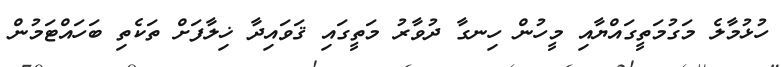
ހުޅުމާލެ މަގުމަތީގައްޔާއި މީހުން ހިނގާ ދުވާރު މަތީގައި ޤަވައިދާ ޚިލާފަށް ތަކެތި ބަހައްޓަމުން